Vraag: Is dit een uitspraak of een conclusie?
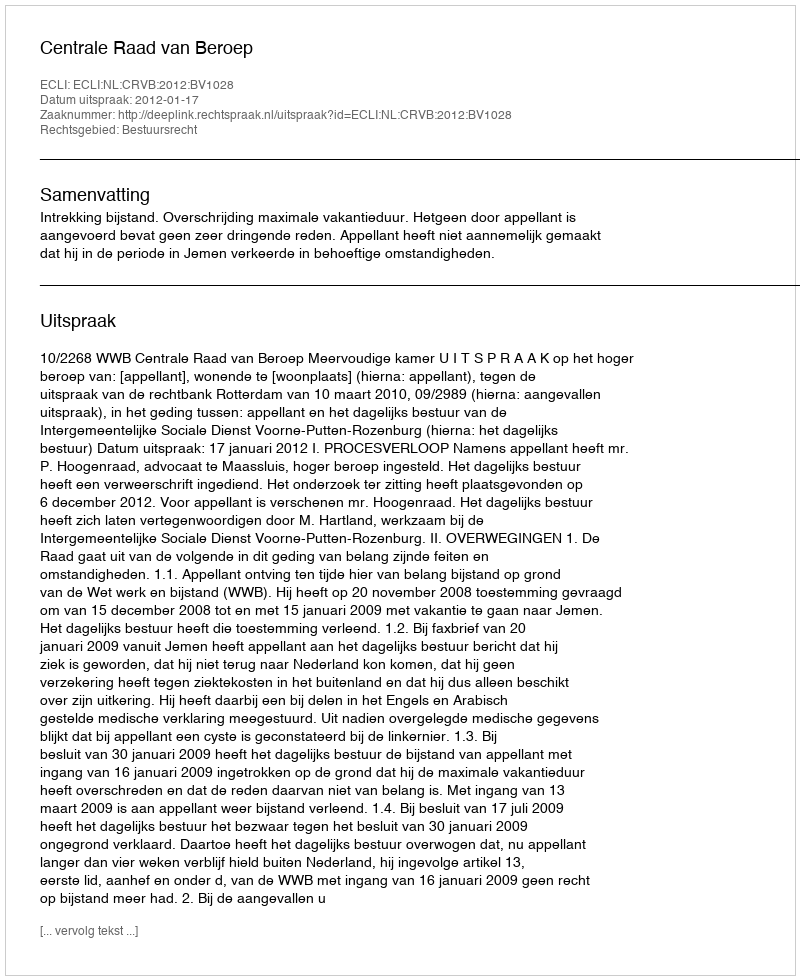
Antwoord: Uitspraak